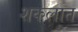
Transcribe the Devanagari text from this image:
शकलात